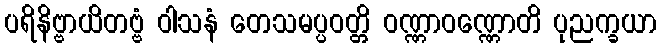
ပရိနိဗ္ဗာယိတဗ္ဗံ ဝါသနံ တေသမပ္ပဝတ္တိ ဝဏ္ဏာဝဏ္ဏောတိ ပုညက္ခယာ